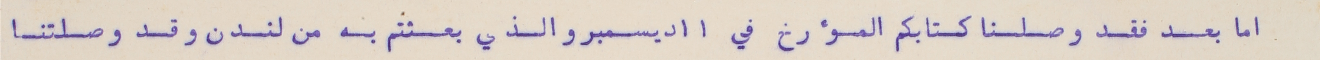
اما بعد فقد وصلنا كتابكم المؤرخ في ١١ ديسمبر والذي بعثتم به من لندن وقد وصلتنا